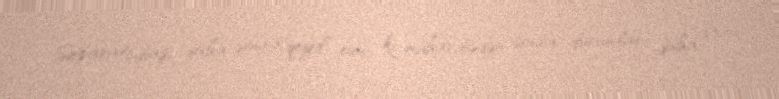
Separatçıbaşı daha sonra qeyd edib ki, müharibədən sonra durumları daha da